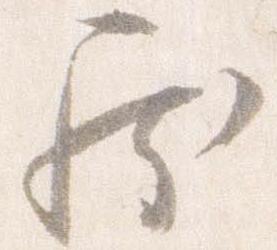
罷